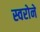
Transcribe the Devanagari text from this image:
स्वरोने